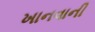
ખાનવાની